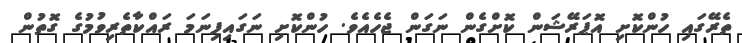
ތެރޭގައި ހުންކޮށި އޮޕަރޭޝަން ކޮށްގެން ނަގަން ޖެހެއެވެ. ހުންކޮށި ނަގައިފިނަމަ ރައްކާތެރިވުމުގެ ގޮތުން